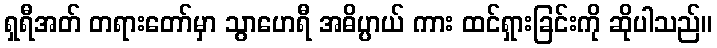
ရှရီအတ် တရားတော်မှာ သွာဟေရီ အဓိပ္ပာယ် ကား ထင်ရှားခြင်းကို ဆိုပါသည်။